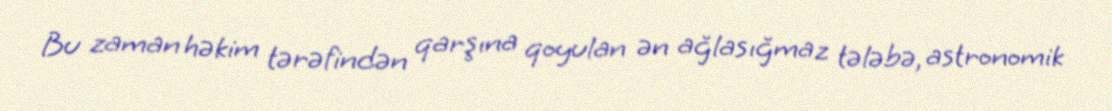
Bu zaman həkim tərəfindən qarşına qoyulan ən ağlasığmaz tələbə, astronomik